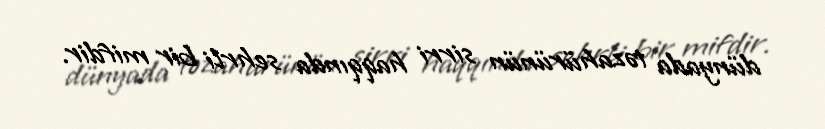
dünyada təzahürünün sirri haqqında sehrli bir mifdir.